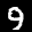
Label: 9